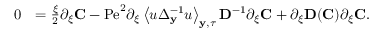
\begin{array} { r l } { 0 } & { = \frac { \xi } { 2 } \partial _ { \xi } \mathbf { C } - \mathrm { P e } ^ { 2 } \partial _ { \xi } \left\langle u \Delta _ { \mathbf { y } } ^ { - 1 } u \right\rangle _ { \mathbf { y } , \tau } \mathbf { D } ^ { - 1 } \partial _ { \xi } \mathbf { C } + \partial _ { \xi } \mathbf { D } ( \mathbf { C } ) \partial _ { \xi } \mathbf { C } . } \end{array}